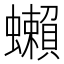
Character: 𧔣